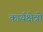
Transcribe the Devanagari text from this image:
कार्यक्षेत्रो